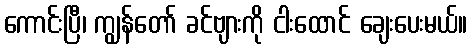
ကောင်းပြီ၊ ကျွန်တော် ခင်ဗျားကို ငါးထောင် ချေးပေးမယ်။